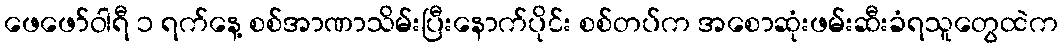
ဖေဖော်ဝါရီ ၁ ရက်နေ့ စစ်အာဏာသိမ်းပြီးနောက်ပိုင်း စစ်တပ်က အစောဆုံးဖမ်းဆီးခံရသူတွေထဲက